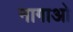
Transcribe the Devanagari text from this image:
नागाओ